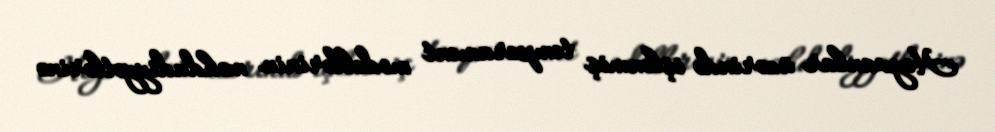
Heyvanlar üzərində işlənmiş temperament modellərinin məhdudiyyətlərinə